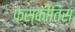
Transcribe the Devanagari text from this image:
फस्कीतिस